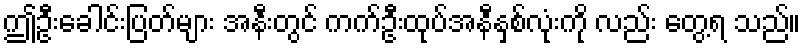
ဤဦးခေါင်းပြတ်များ အနီးတွင် ကက်ဦးထုပ်အနီနှစ်လုံးကို လည်း တွေ့ရ သည်။